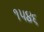
૧૫૪૬